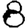
Digit: 8